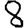
Digit: 8